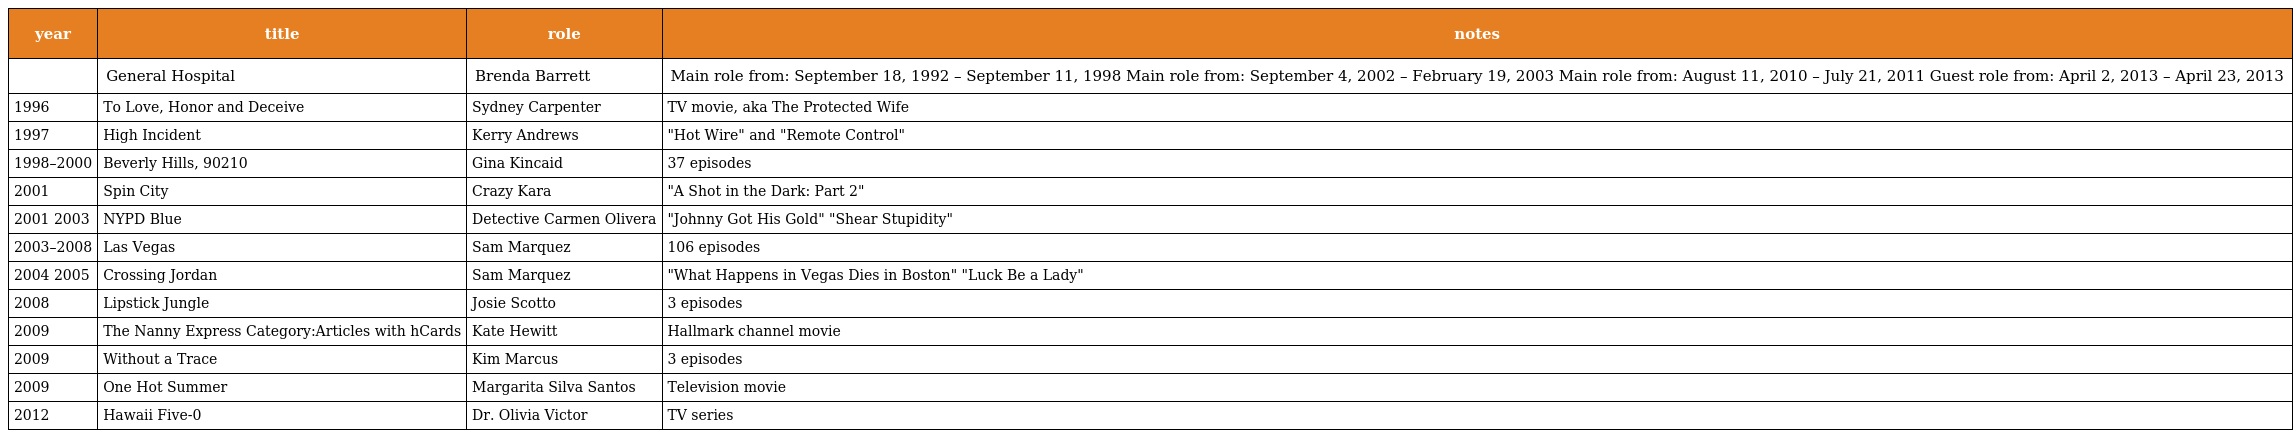
| year | title | role | notes |
 | --- | --- | --- | --- |
 |  | General Hospital | Brenda Barrett | Main role from: September 18, 1992 – September 11, 1998 Main role from: September 4, 2002 – February 19, 2003 Main role from: August 11, 2010 – July 21, 2011 Guest role from: April 2, 2013 – April 23, 2013 |
 | 1996 | To Love, Honor and Deceive | Sydney Carpenter | TV movie, aka The Protected Wife |
 | 1997 | High Incident | Kerry Andrews | "Hot Wire" and "Remote Control" |
 | 1998–2000 | Beverly Hills, 90210 | Gina Kincaid | 37 episodes |
 | 2001 | Spin City | Crazy Kara | "A Shot in the Dark: Part 2" |
 | 2001 2003 | NYPD Blue | Detective Carmen Olivera | "Johnny Got His Gold" "Shear Stupidity" |
 | 2003–2008 | Las Vegas | Sam Marquez | 106 episodes |
 | 2004 2005 | Crossing Jordan | Sam Marquez | "What Happens in Vegas Dies in Boston" "Luck Be a Lady" |
 | 2008 | Lipstick Jungle | Josie Scotto | 3 episodes |
 | 2009 | The Nanny Express Category:Articles with hCards | Kate Hewitt | Hallmark channel movie |
 | 2009 | Without a Trace | Kim Marcus | 3 episodes |
 | 2009 | One Hot Summer | Margarita Silva Santos | Television movie |
 | 2012 | Hawaii Five-0 | Dr. Olivia Victor | TV series |